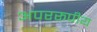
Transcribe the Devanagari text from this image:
अपररूपीय